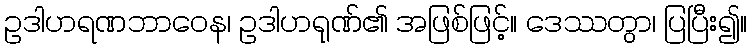
ဥဒါဟရဏဘာဝေန၊ ဥဒါဟရုဏ်၏ အဖြစ်ဖြင့်။ ဒေဿတွာ၊ ပြပြီး၍။